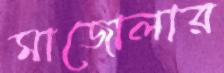
মাজোলার